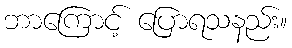
ဘာကြောင့် ပြောရသနည်း။